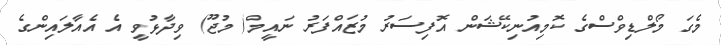
މެގަ މޯލްޑިވްސްގެ ކޮމިއުނިކޭޝަން އޮފިސަރު މުޒައްފަރު ނައީމް( މުޖޫ) ވިދާޅުވީ އެ އެއާލައިންގެ